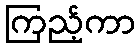
ကြည့်ကာ